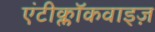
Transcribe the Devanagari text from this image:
एंटीक्लॉकवाइज़